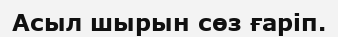
Асыл шырын сөз ғаріп.